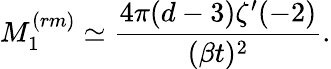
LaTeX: M_{1}^{(rm)}\simeq\frac{4\pi(d-3)\zeta^{\prime}(-2)}{(\beta t)^{2}}.